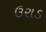
ઉરાડ